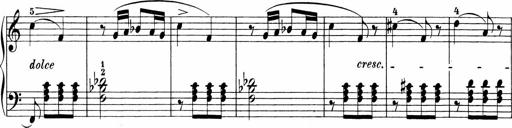
Title: Sonatinen Op.47, 98 und 136, nebst 6 Liedersonatinen
Composer: Carl Reinecke